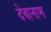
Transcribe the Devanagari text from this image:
देवानाम